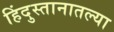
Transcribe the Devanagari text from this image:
हिंदुस्तानातल्या